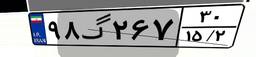
۱۶گ۳۵۷۸۴